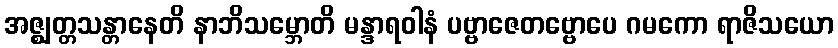
အဇ္ဈတ္တသန္တာနေတိ နာဘိသမ္ဘောတိ မန္ဒာရဝါနံ ပဗ္ဗာဇေတဗ္ဗောပေ ဂမကော ရာဇိသယော